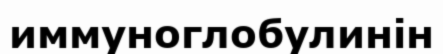
иммуноглобулинін